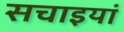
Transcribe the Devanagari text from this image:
सचाइयां